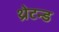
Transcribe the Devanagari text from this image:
थ्रेटन्ड